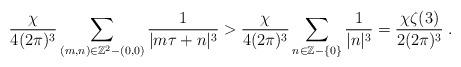
LaTeX: \begin{align*} \frac{\chi}{4(2\pi)^3}\sum_{(m,n)\in \mathbb{Z}^2-(0,0)}\frac{1}{|m\tau+n|^3}>\frac{\chi}{4(2\pi)^3}\sum_{n\in \mathbb{Z}-\{0\}}\frac{1}{|n|^3}=\frac{\chi\zeta(3)}{2(2\pi)^3}\;.\end{align*}